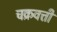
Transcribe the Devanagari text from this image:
चक्रवत्तीं